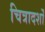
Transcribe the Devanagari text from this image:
चित्रादर्शों